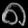
Digit: ၈